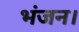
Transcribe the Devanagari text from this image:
भंजन।